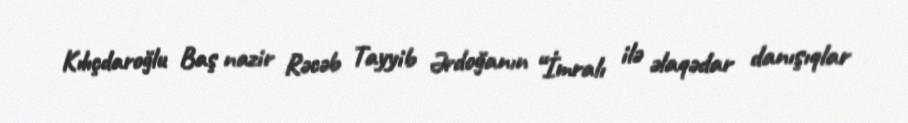
Kılıçdaroğlu Baş nazir Rəcəb Tayyib Ərdoğanın “İmralı ilə əlaqədar danışıqlar